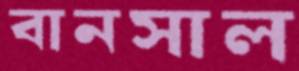
বানসাল